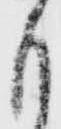
も